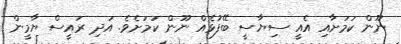
ނޫން ކަމަށާއި އެއީ ސިޔާސީ ބޭފުޅެއް ނޫން ކަމަށެވެ. އަދި ރައީސް ޔާމީން